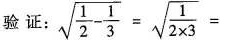
验证： \sqrt{ \frac{1}{2}- \frac{1}{3}}= \sqrt{ \frac{1}{2 \times 3}}=